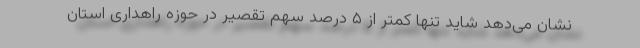
نشان می‌دهد شاید تنها کمتر از ۵ درصد سهم تقصیر در حوزه راهداری استان